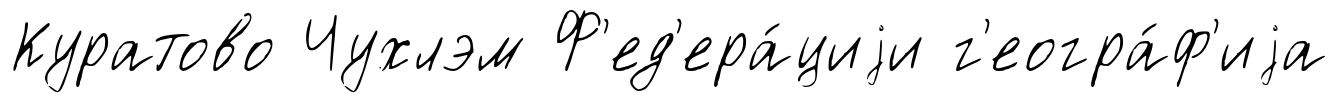
Куратово Чухлэм Ф'ед'ера́циjи г'еогра́ф'иjа